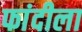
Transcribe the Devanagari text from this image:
फांदीला